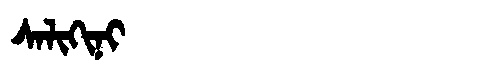
Manchu: ᠰᠠᠯᡳᡴᡳᠨᡳ
Romanization: SALIKINI